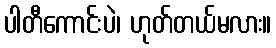
ပါတီကောင်းပဲ၊ ဟုတ်တယ်မလား။